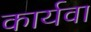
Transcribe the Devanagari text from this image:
कार्यवा